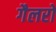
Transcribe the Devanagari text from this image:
गैलरो